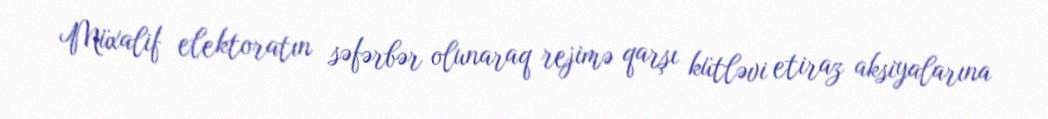
Müxalif elektoratın səfərbər olunaraq rejimə qarşı kütləvi etiraz aksiyalarına